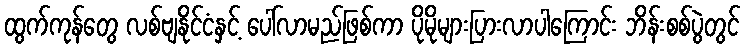
ထွက်ကုန်တွေ လစ်ဗျနိုင်ငံနှင့် ပေါ်လာမည်ဖြစ်ကာ ပိုမိုများပြားလာပါကြောင်း ဘိန်းစစ်ပွဲတွင်